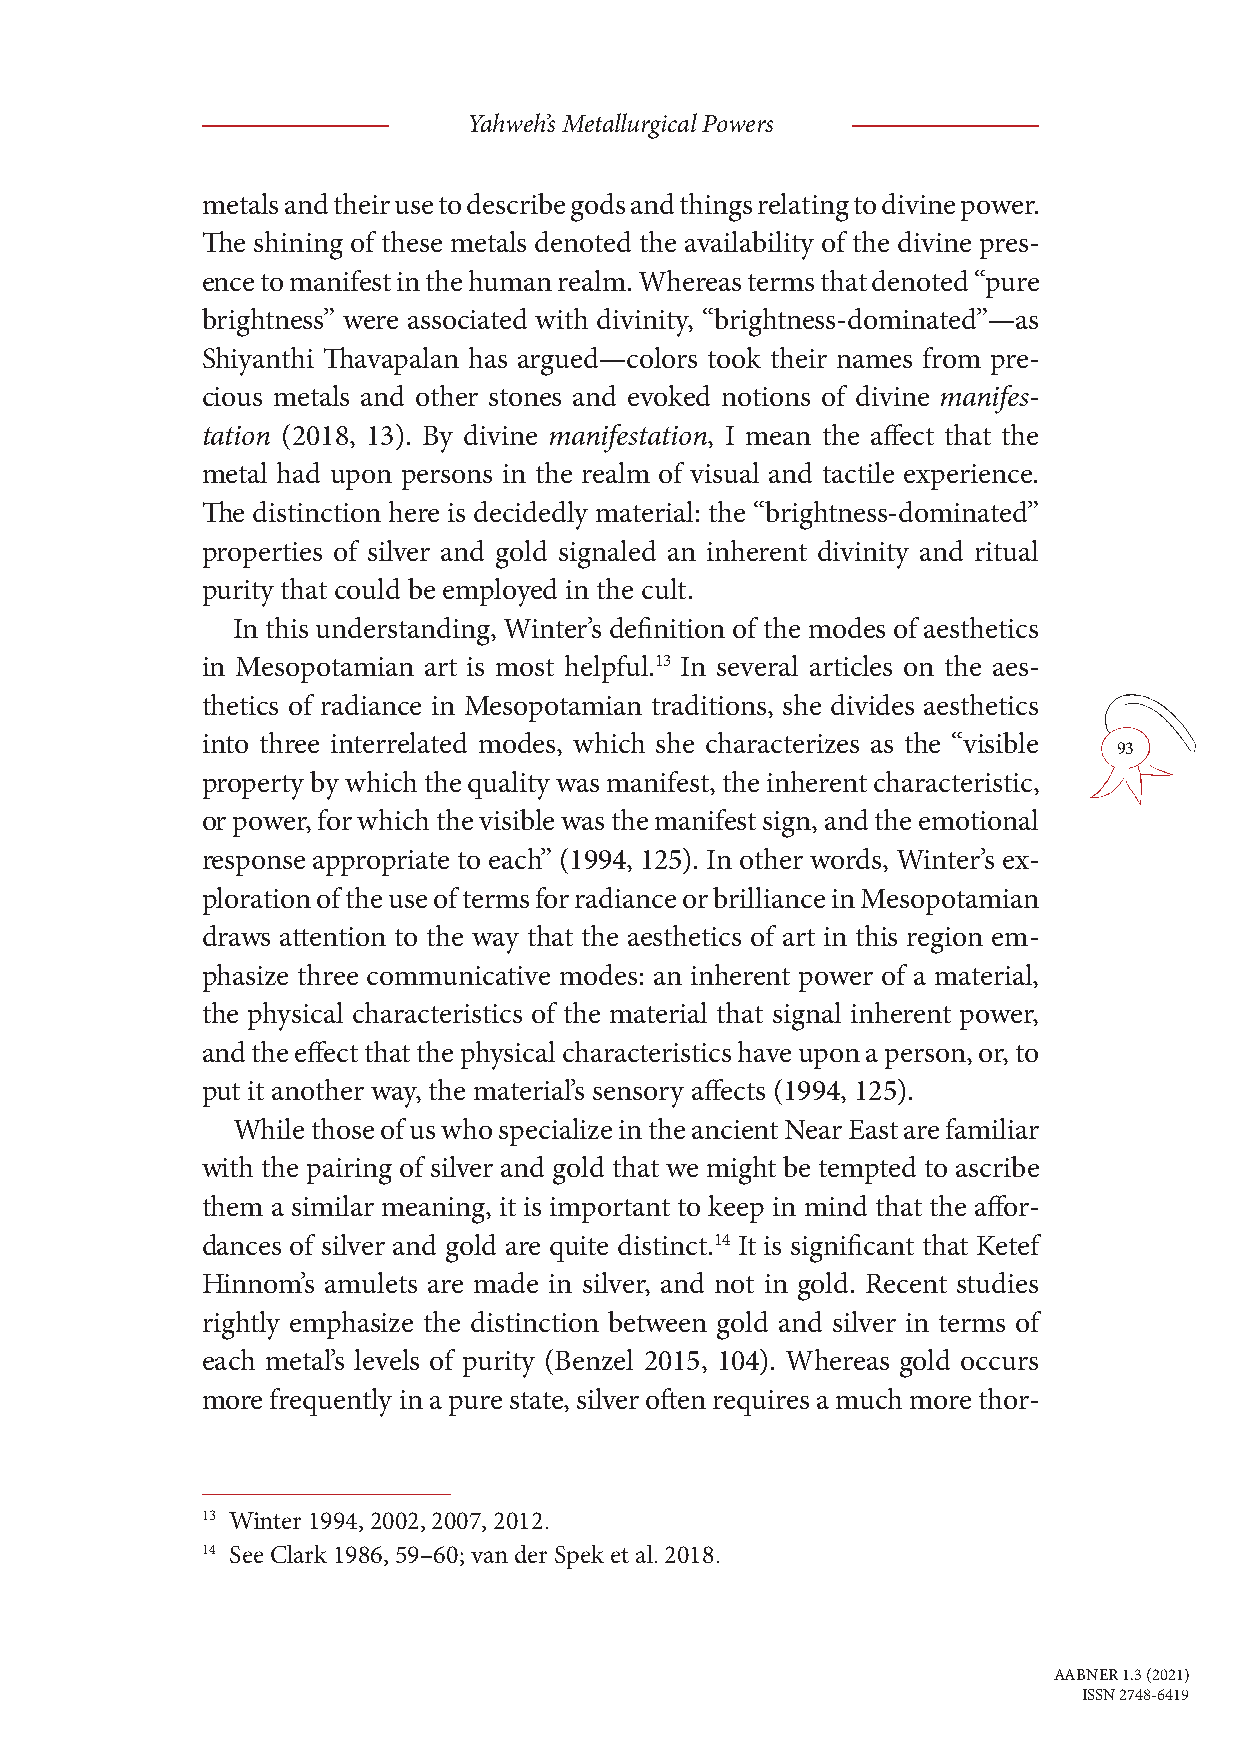
Yahweh’s Metallurgical Powers
 metals and their use to describe gods and things relating to divine power.
 The shining of these metals denoted the availability of the divine pres-
 ence to manifest in the human realm. Whereas terms that denoted “pure
 brightness” were associated with divinity, “brightness-dominated”—as
 Shiyanthi Thavapalan has argued—colors took their names from pre-
 cious metals and other stones and evoked notions of divine manifes-
 tation (2018, 13). By divine manifestation, I mean the affect that the
 metal had upon persons in the realm of visual and tactile experience.
 The distinction here is decidedly material: the “brightness-dominated”
 properties of silver and gold signaled an inherent divinity and ritual
 purity that could be employed in the cult.
 In this understanding, Winter’s definition of the modes of aesthetics
 in Mesopotamian art is most helpful.13 In several articles on the aes-
 thetics of radiance in Mesopotamian traditions, she divides aesthetics
 into three interrelated modes, which she characterizes as the “visible
 93
 property by which the quality was manifest, the inherent characteristic,
 or power, for which the visible was the manifest sign, and the emotional
 response appropriate to each” (1994, 125). In other words, Winter’s ex-
 ploration of the use of terms for radiance or brilliance in Mesopotamian
 draws attention to the way that the aesthetics of art in this region em-
 phasize three communicative modes: an inherent power of a material,
 the physical characteristics of the material that signal inherent power,
 and the effect that the physical characteristics have upon a person, or, to
 put it another way, the material’s sensory affects (1994, 125).
 While those of us who specialize in the ancient Near East are familiar
 with the pairing of silver and gold that we might be tempted to ascribe
 them a similar meaning, it is important to keep in mind that the affor-
 dances of silver and gold are quite distinct.14 It is significant that Ketef
 Hinnom’s amulets are made in silver, and not in gold. Recent studies
 rightly emphasize the distinction between gold and silver in terms of
 each metal’s levels of purity (Benzel 2015, 104). Whereas gold occurs
 more frequently in a pure state, silver often requires a much more thor-
 13 Winter 1994, 2002, 2007, 2012.
 14 See Clark 1986, 59–60; van der Spek et al. 2018.
 AABNER 1.3 (2021)
 ISSN 2748-6419